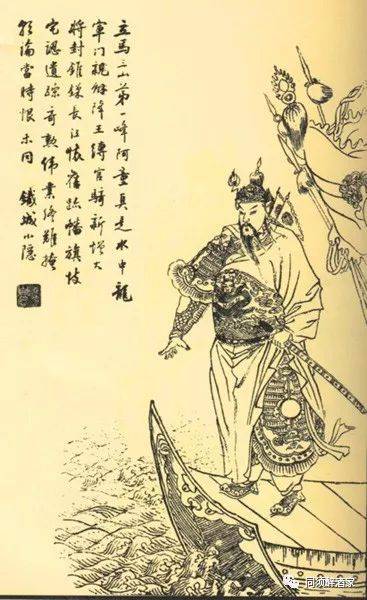
王濬楼船下益州，金陵王气黯然收。